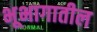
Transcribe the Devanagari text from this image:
भूभागातील